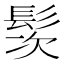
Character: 䯸